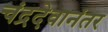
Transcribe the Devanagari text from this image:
चंद्रदेवानंतर